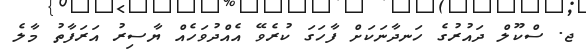
ޖ. ސްކޫލް ދައުރުގެ ހަނދާނަކަށް ފާހަގަ ކުރެވޭ އެއްދުވަހެއް ޔާސިރު އަރަފާތު މާލެ